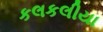
કલકલીયા